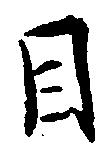
目